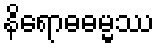
နိရောဓဓမ္မဿ